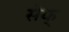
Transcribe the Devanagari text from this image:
सेक्